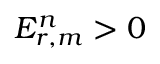
E _ { r , m } ^ { n } > 0